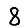
Digit: 8